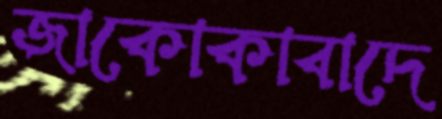
জাকোকাবাদে